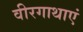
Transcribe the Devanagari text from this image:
वीरगाथाएं